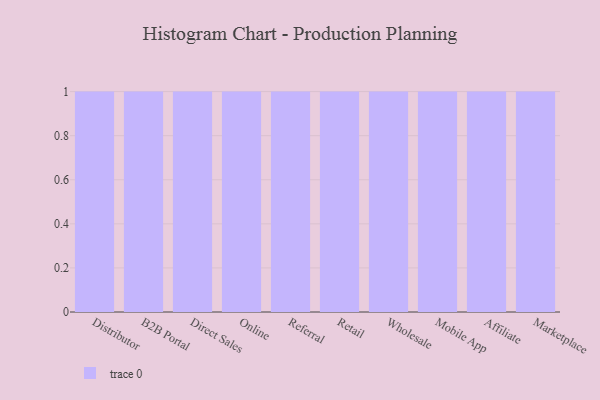
{"axis": {"x": "Channel", "y": "Budget (USD K)"}, "legend": [""], "data": [{"x": "Distributor", "y": 95, "type": ""}, {"x": "B2B Portal", "y": 97, "type": ""}, {"x": "Direct Sales", "y": 11, "type": ""}, {"x": "Online", "y": 1, "type": ""}, {"x": "Referral", "y": 51, "type": ""}, {"x": "Retail", "y": 72, "type": ""}, {"x": "Wholesale", "y": 57, "type": ""}, {"x": "Mobile App", "y": 10, "type": ""}, {"x": "Affiliate", "y": 55, "type": ""}, {"x": "Marketplace", "y": 88, "type": ""}]}